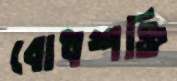
বোধশক্তি